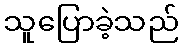
သူပြောခဲ့သည်